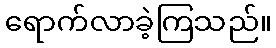
ရောက်လာခဲ့ကြသည်။